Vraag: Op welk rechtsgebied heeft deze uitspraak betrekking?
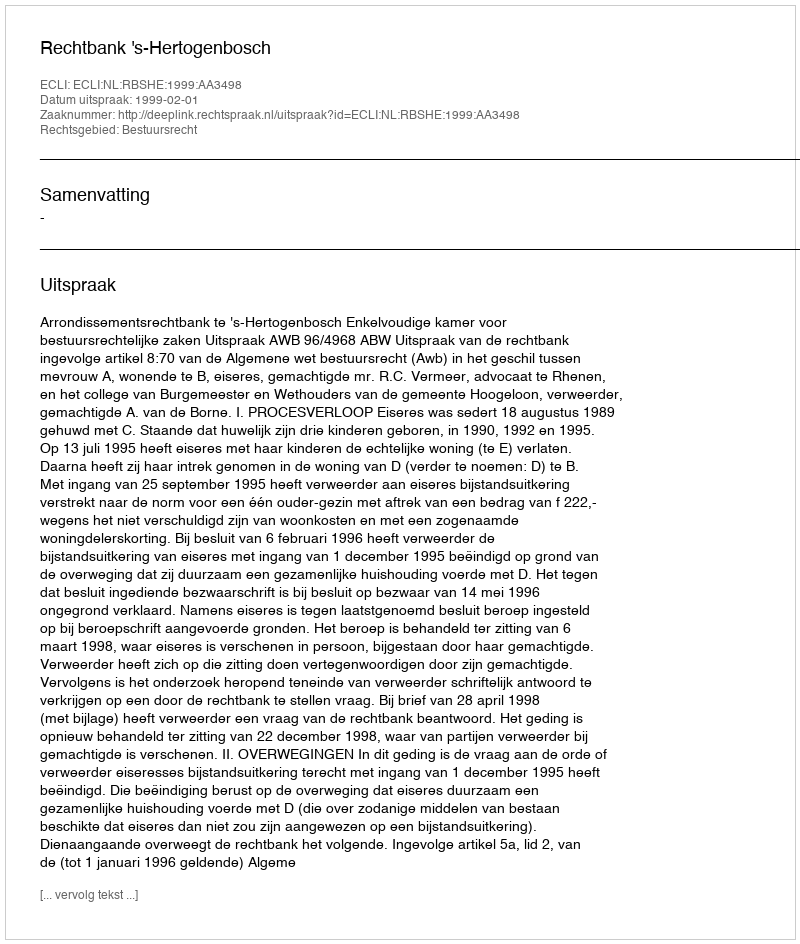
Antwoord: Bestuursrecht